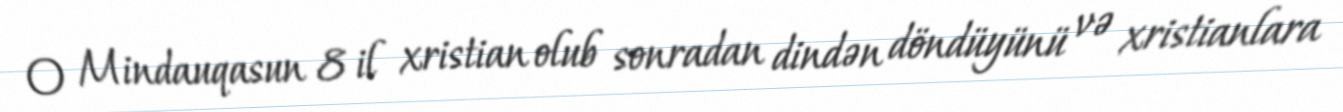
O Mindauqasun 8 il xristian olub sonradan dindən döndüyünü və xristianlara